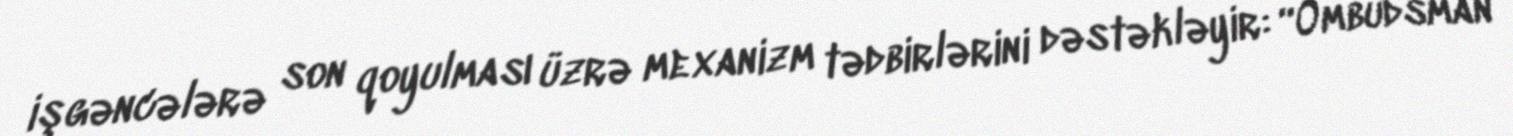
işgəncələrə son qoyulması üzrə mexanizm tədbirlərini dəstəkləyir: “Ombudsman